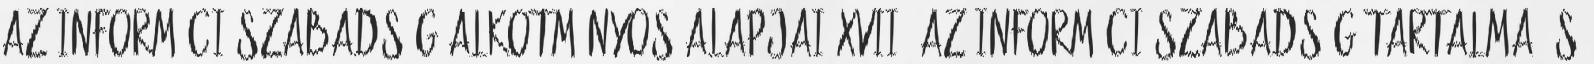
AZ INFORMÁCIÓSZABADSÁG ALKOTMÁNYOS ALAPJAI XVII. AZ INFORMÁCIÓSZABADSÁG TARTALMA ÉS